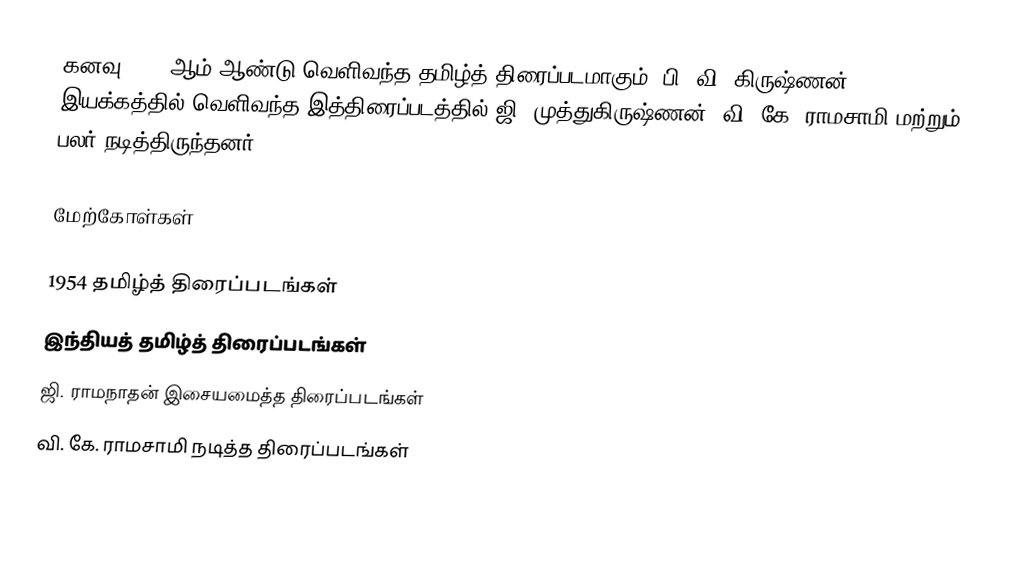
கனவு 1954 ஆம் ஆண்டு வெளிவந்த தமிழ்த் திரைப்படமாகும். பி. வி. கிருஷ்ணன் இயக்கத்தில் வெளிவந்த இத்திரைப்படத்தில் ஜி. முத்துகிருஷ்ணன், வி. கே. ராமசாமி மற்றும் பலர் நடித்திருந்தனர்.

மேற்கோள்கள்

1954 தமிழ்த் திரைப்படங்கள்
இந்தியத் தமிழ்த் திரைப்படங்கள்
ஜி. ராமநாதன் இசையமைத்த திரைப்படங்கள்
வி. கே. ராமசாமி நடித்த திரைப்படங்கள்